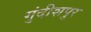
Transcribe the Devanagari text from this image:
गुंदीशपुर